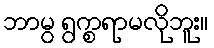
ဘာမွ ရွက္စရာမလိုဘူး။